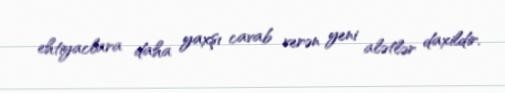
ehtiyaclara daha yaxşı cavab verən yeni alətlər daxildir.